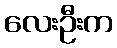
လေးဦးက